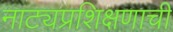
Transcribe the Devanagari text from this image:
नाट्यप्रशिक्षणाची